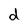
Character: d